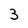
Character: 3